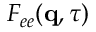
F _ { e e } ( \mathbf { q } , \tau )